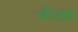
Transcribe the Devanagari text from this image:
चेर्ली